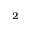
^ { 2 }